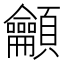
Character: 龥